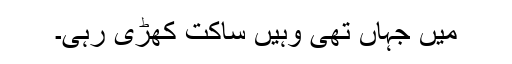
میں جہاں تھی وہیں ساکت کھڑی رہی۔